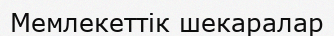
Мемлекеттік шекаралар